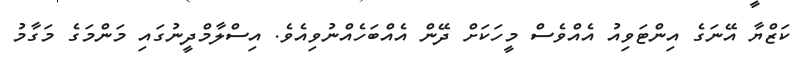
ކަޒްޔާ އޭނަގެ އިންޓަވިއު އެއްވެސް މީހަކަށް ދޭން އެއްބަހެއްނުވިއެވެ. އިސްލާމްދީނުގައި މަންމަގެ މަގާމު